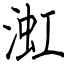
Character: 渱